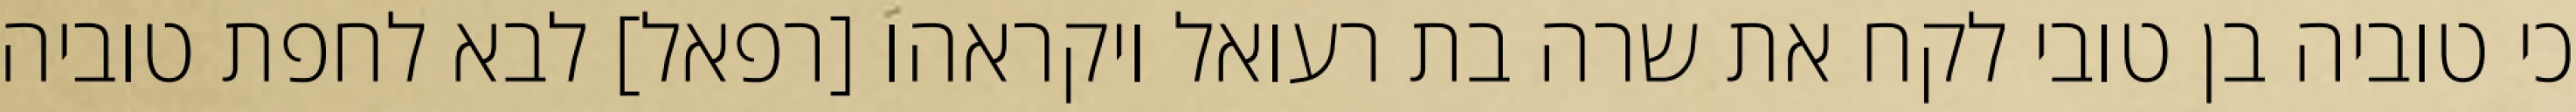
כי טוביה בן טובי לקח את שרה בת רעואל ויקראהו [רפאל] לבא לחפת טוביה